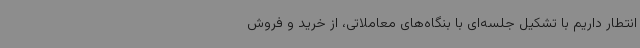
انتطار داریم با تشکیل جلسه‌ای با بنگاه‌های معاملاتی، از خرید و فروش